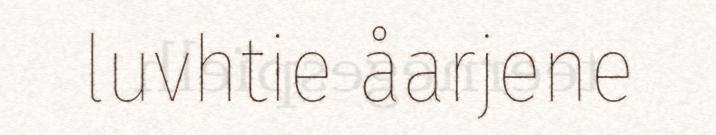
luvhtie åarjene